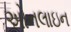
અોનલાઇન